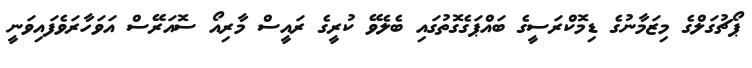
ޕޯޗުގަލްގެ މިޒަމާނުގެ ޑިމޮކްރަސީގެ ބައްޕަގެގޮތުގައި ބެލެވޭ ކުރީގެ ރައީސް މާރިއޯ ސޮއަރޭސް އަވަހާރަވެފައިވަނީ